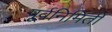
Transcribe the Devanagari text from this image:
पूर्वनिर्मिती